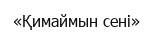
«Қимаймын сені»